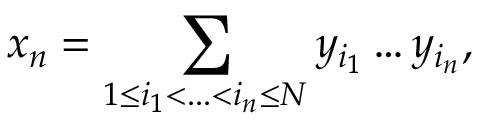
x _ { n } = \sum _ { 1 \leq i _ { 1 } < . . . < i _ { n } \leq N } y _ { i _ { 1 } } \dots y _ { i _ { n } } ,